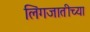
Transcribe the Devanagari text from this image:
लिंगजातीच्या